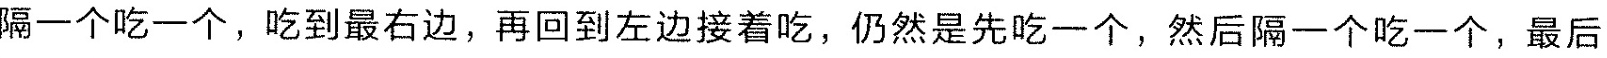
隔一个吃一个，吃到最右边，再回到左边接着吃，仍然是先吃一个，然后隔一个吃一个，最后